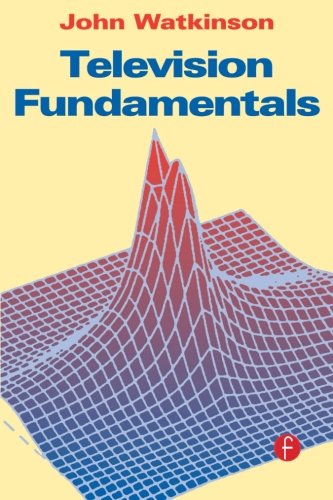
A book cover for Television Fundamentals; John Watkinson; Humor & Entertainment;